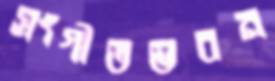
সংগীতভবন